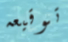
توقيعه